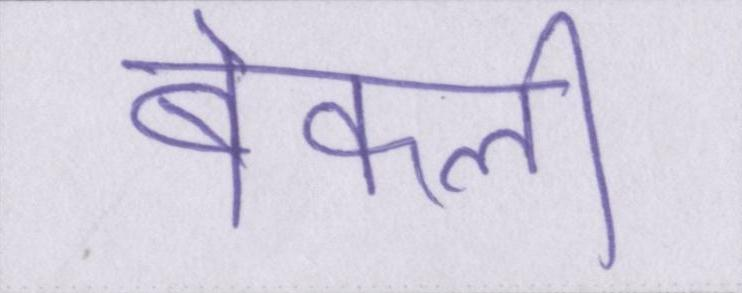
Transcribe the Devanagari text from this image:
बेकली